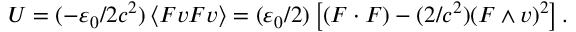
U = ( - \varepsilon _ { 0 } / 2 c ^ { 2 } ) \left\langle F v F v \right\rangle = ( \varepsilon _ { 0 } / 2 ) \left[ ( F \cdot F ) - ( 2 / c ^ { 2 } ) ( F \wedge v ) ^ { 2 } \right] .